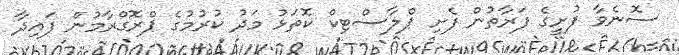
ސޮނެވާ ފުށީގެ ފަރާތުން ފެށި ޕްލާސްޓިކް ކޮތަޅު މަދު ކުރުމުގެ ޕްރޮގްރާމުން ފައިދާ